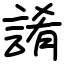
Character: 誵